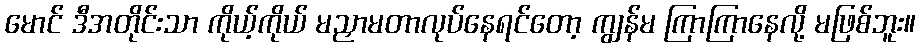
မောင် ဒီအတိုင်းသာ ကိုယ့်ကိုယ် မညှာမတာလုပ်နေရင်တော့ ကျွန်မ ကြာကြာနေလို့ မဖြစ်ဘူး။